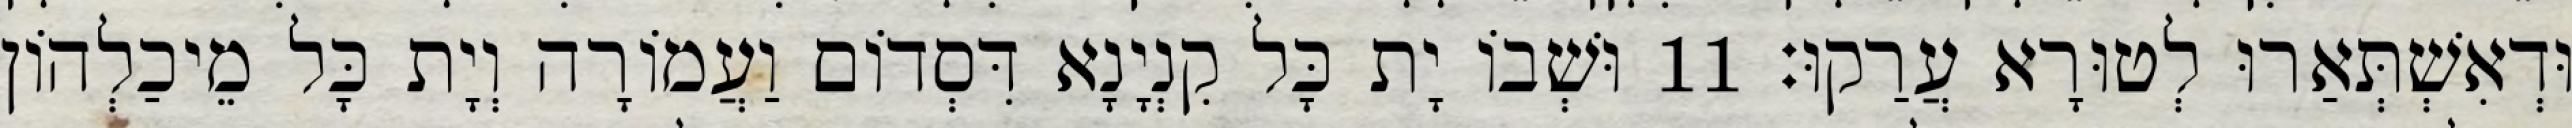
וּדְאִשְׁתְּאַרוּ לְטוּרָא עֲרַקוּ׃ 11 וּשְׁבוֹ יָת כָּל קִנְיָנָא דִּסְדוֹם וַעֲמוֹרָה וְיָת כָּל מֵיכַלְהוֹן